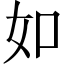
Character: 如